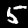
Label: 5